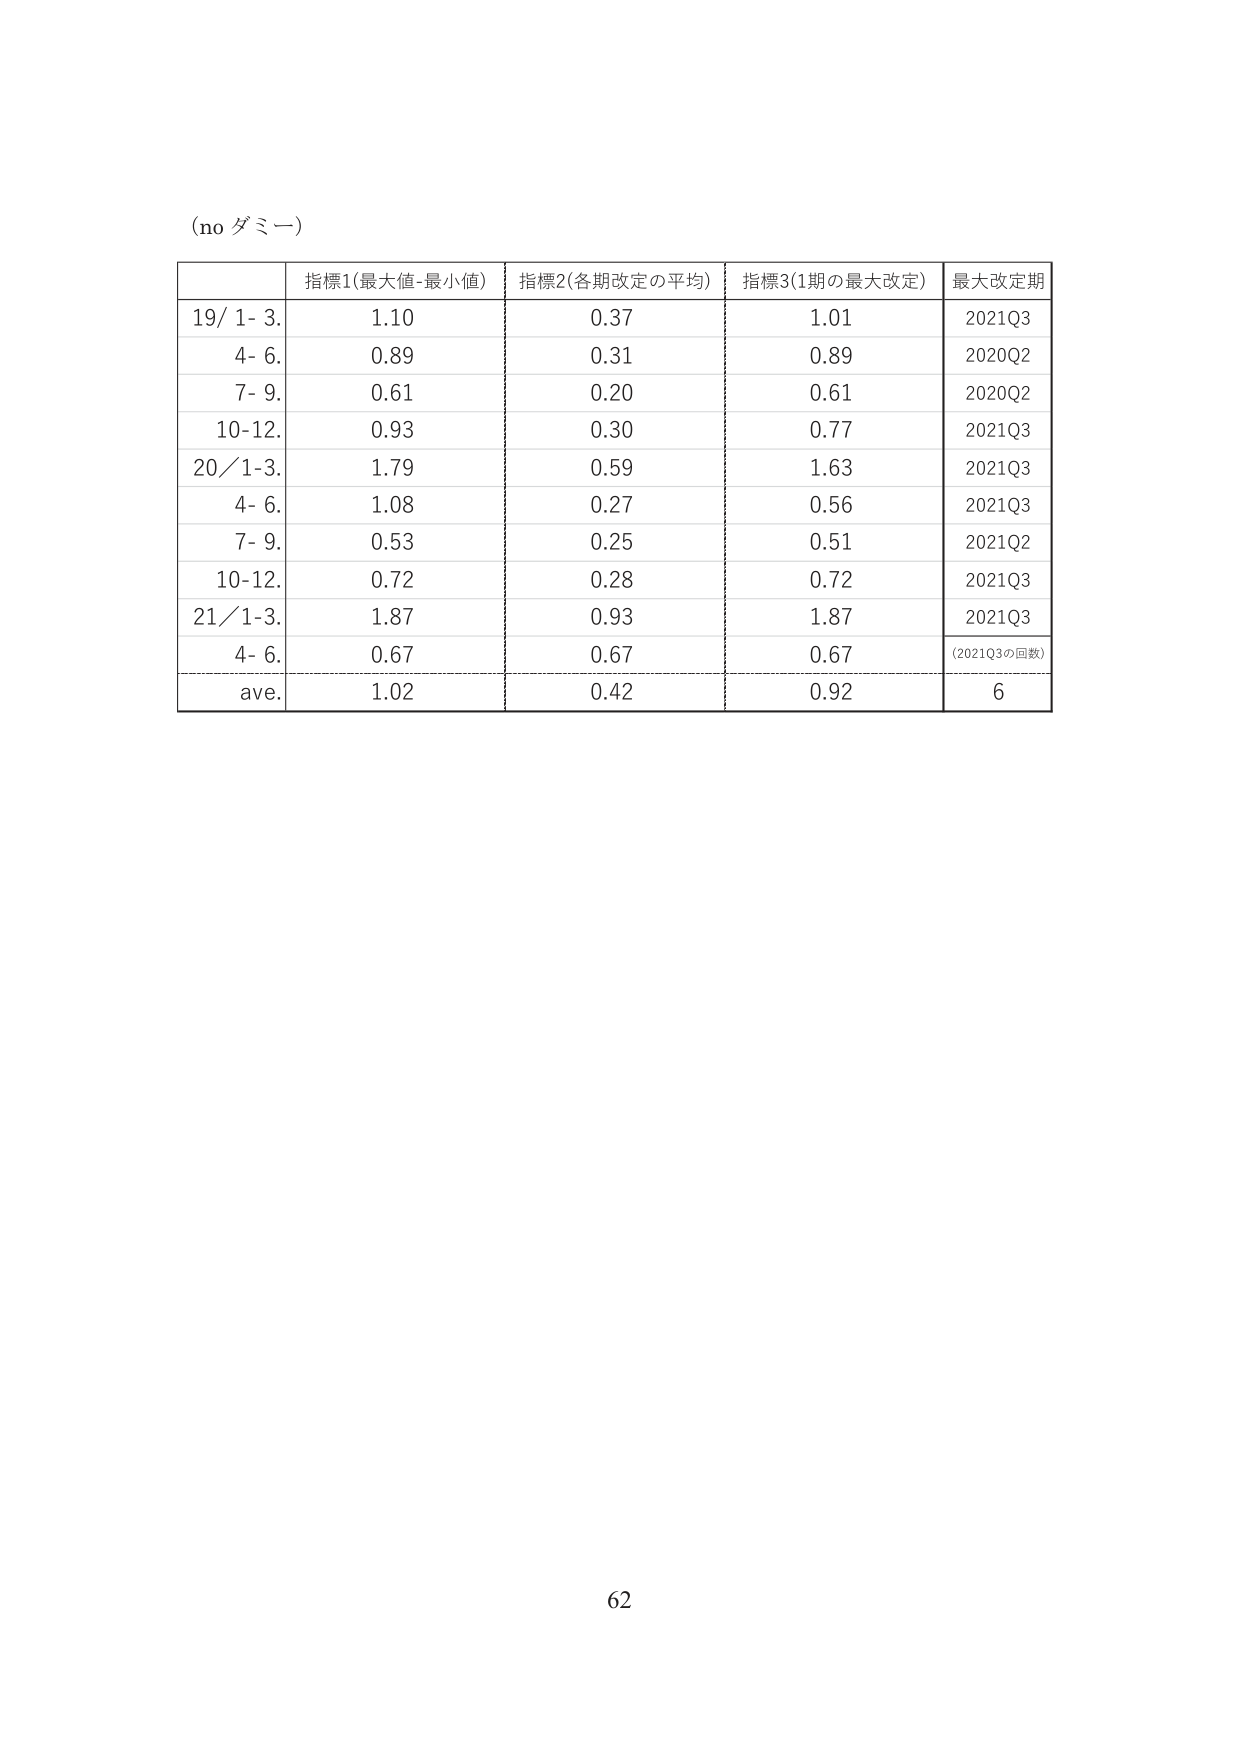
(no ダミー)

指標1(最大値-最小値) 指標2(各期改定の平均) 指標3(1期の最大改定) 最大改定期
19/ 1- 3. 1.10 0.37 1.01 2021Q3
4- 6. 0.89 0.31 0.89 2020Q2
7- 9. 0.61 0.20 0.61 2020Q2
10-12. 0.93 0.30 0.77 2021Q3
20/1-3. 1.79 0.59 1.63 2021Q3
4- 6. 1.08 0.27 0.56 2021Q3
7- 9. 0.53 0.25 0.51 2021Q2
10-12. 0.72 0.28 0.72 2021Q3
21/1-3. 1.87 0.93 1.87 2021Q3
4- 6. 0.67 0.67 0.67 (2021Q3の回数)
ave. 1.02 0.42 0.92 6

62